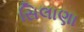
સિલાણા